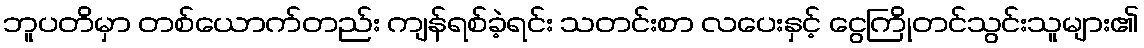
ဘူပတိမှာ တစ်ယောက်တည်း ကျန်ရစ်ခဲ့ရင်း သတင်းစာ လပေးနှင့် ငွေကြိုတင်သွင်းသူများ၏